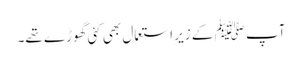
آپ ﷺ کے زیرِ استعمال بھی کئی گھوڑے تھے۔